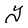
Character: Y